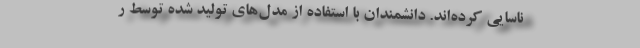
ناسایی کرده‌اند. دانشمندان با استفاده از مدل‌های تولید شده توسط ر